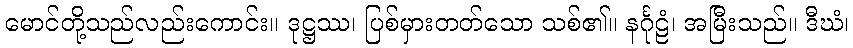
မောင်တို့သည်လည်းကောင်း။ ဒုဋ္ဌဿ၊ ပြစ်မှားတတ်သော သစ်၏။ နင်္ဂုဠံ၊ အမြီးသည်။ ဒီဃံ၊